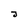
Character: J